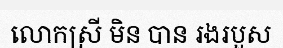
លោកស្រី មិន បាន រងរបួស